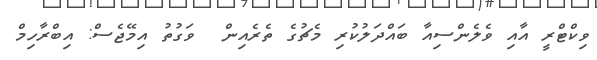
ވިކްޓްރީ އާއި ވެލެންސިއާ ބައްދަލުކުރި މެޗުގެ ތެރެއިން  ވަގުތު އިމޭޖެސް: އިބްރާހިމް